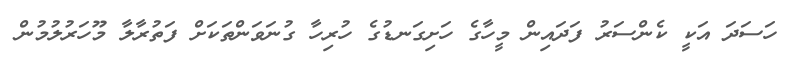
ހަސަދަ އަކީ ކެންސަރު ފަދައިން މީހާގެ ހަށިގަނޑުގެ ހުރިހާ ގުނަވަންތަކަށް ފަތުރާލާ މޫހަރުލުމުން